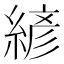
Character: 𰫮